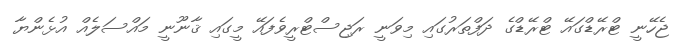
ޖެހޭނީ ޓްރޭޑްގައޭ ޓްރޭޑްގެ ދަފްތަރުގައި މިވަނީ ރަޖިސްޓްރީވެފައޭ މީގައި ޤާނޫނީ މައްސަލެއް އުޅެންޔާ